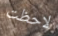
لاحظت